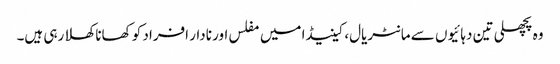
وہ پچھلی تین دہائیوں سے مانٹریال، کینیڈا میں مفلس اور نادار افراد کو کھانا کھلا رہی ہیں۔